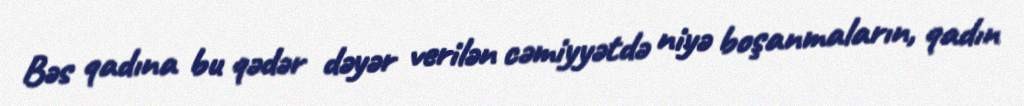
Bəs qadına bu qədər dəyər verilən cəmiyyətdə niyə boşanmaların, qadın